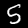
Digit: 5